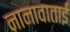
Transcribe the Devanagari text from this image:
नानावाताई